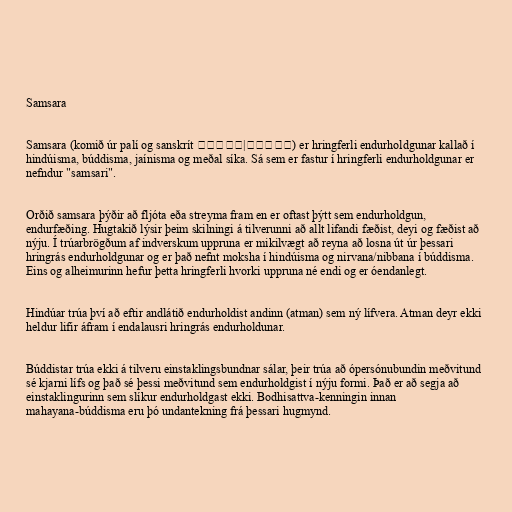
Samsara

Samsara (komið úr palí og sanskrít संसार|संसार) er hringferli endurholdgunar kallað í
hindúisma, búddisma, jaínisma og meðal síka. Sá sem er fastur í hringferli endurholdgunar er
nefndur "samsari".

Orðið samsara þýðir að fljóta eða streyma fram en er oftast þýtt sem endurholdgun,
endurfæðing. Hugtakið lýsir þeim skilningi á tilverunni að allt lifandi fæðist, deyi og fæðist að
nýju. Í trúarbrögðum af indverskum uppruna er mikilvægt að reyna að losna út úr þessari
hringrás endurholdgunar og er það nefnt moksha í hindúisma og nirvana/nibbana í búddisma.
Eins og alheimurinn hefur þetta hringferli hvorki uppruna né endi og er óendanlegt.

Hindúar trúa því að eftir andlátið endurholdist andinn (atman) sem ný lífvera. Atman deyr ekki
heldur lifir áfram í endalausri hringrás endurholdunar.

Búddistar trúa ekki á tilveru einstaklingsbundnar sálar, þeir trúa að ópersónubundin meðvitund
sé kjarni lífs og það sé þessi meðvitund sem endurholdgist í nýju formi. Það er að segja að
einstaklingurinn sem slíkur endurholdgast ekki. Bodhisattva-kenningin innan
mahayana-búddisma eru þó undantekning frá þessari hugmynd.